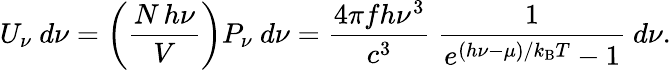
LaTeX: U_{\nu}~d\nu=\left({\frac{N\, h\nu}{V}}\right)P_{\nu}~d\nu={\frac{4\pi fh\nu^{3}}{c^{3}}}~{\frac{1}{e^{(h\nu-\mu)/k_{\mathrm{{B}}}T}-1}}~d\nu.